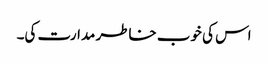
اس کی خوب خاطر مدارت کی۔